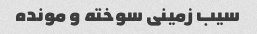
سیب زمینی سوخته و مونده